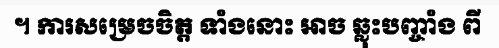
។ ការសម្រេចចិត្ត ទាំងនោះ អាច ឆ្លុះបញ្ចាំង ពី